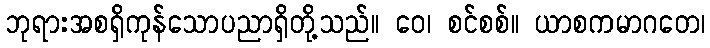
ဘုရားအစရှိကုန်သောပညာရှိတို့သည်။ ဝေ၊ စင်စစ်။ ယာစကမာဂတေ၊